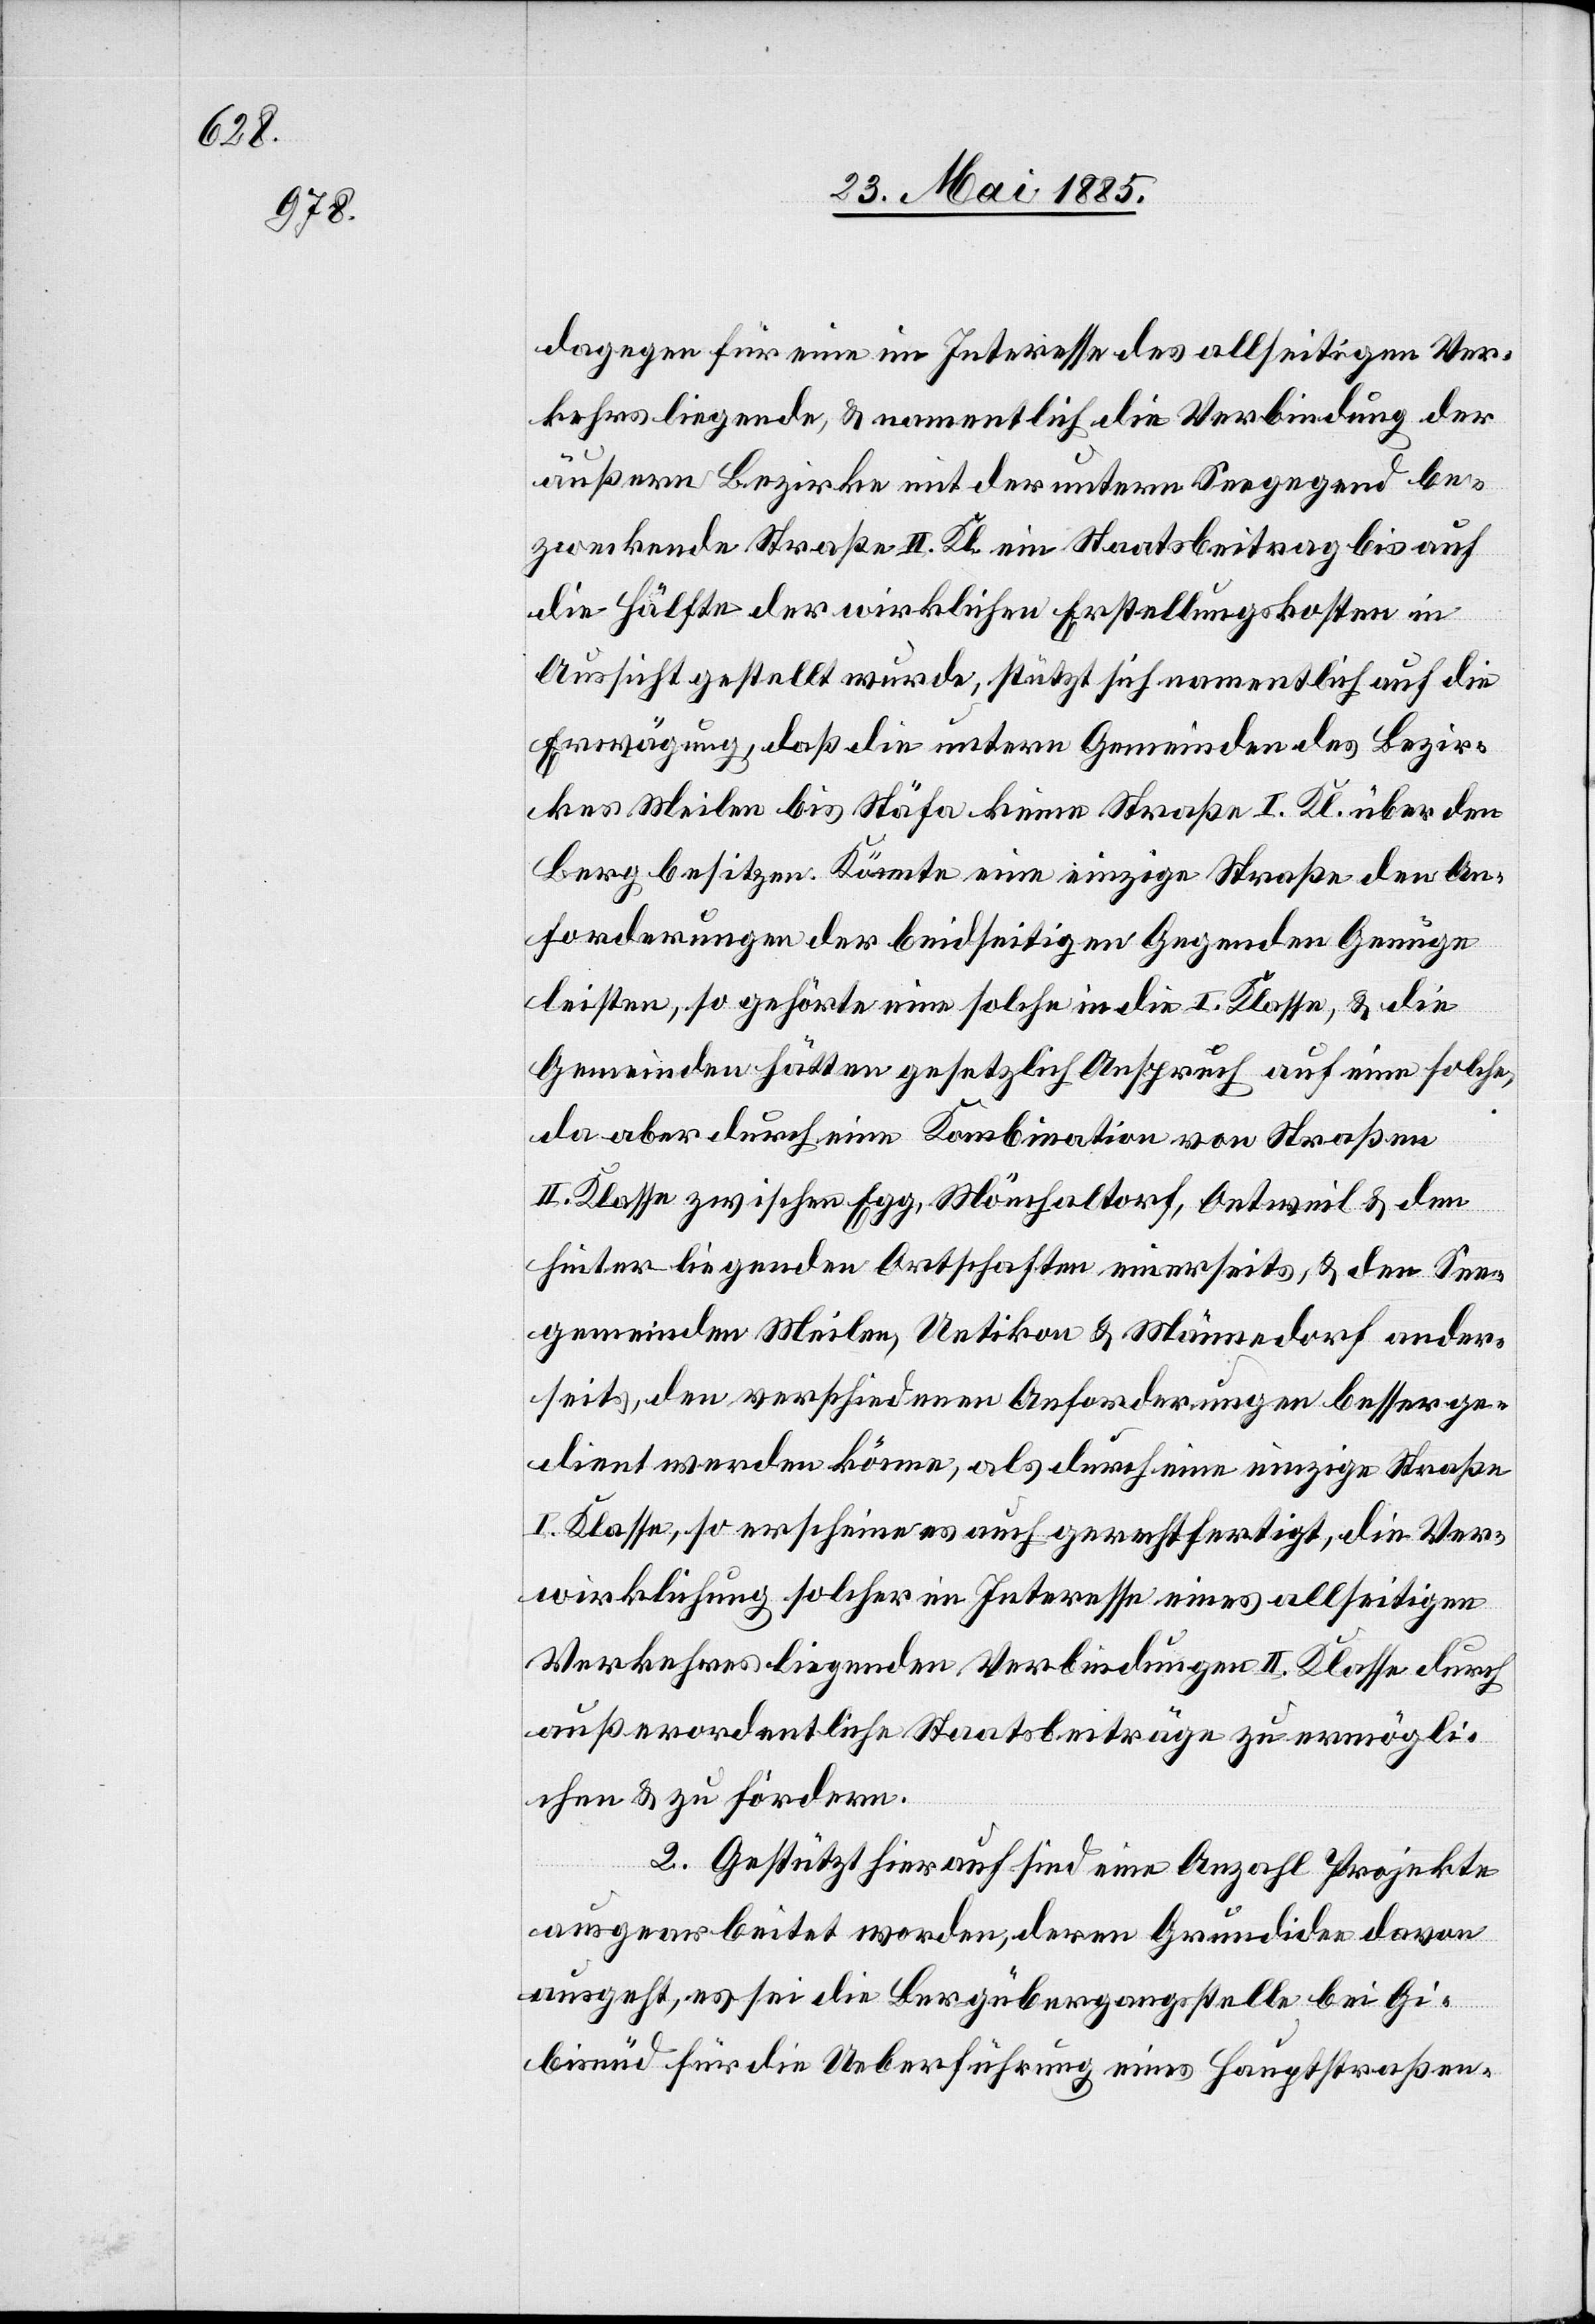
dagegen für eine im Interesse des allseitigen Ver¬
kehrs liegende, & namentlich die Verbindung der
äußern Bezirke mit der untern Seegegend be¬
zweckende Straße II. Kl. ein Staatsbeitrag bis auf
die Hälfte der wirklichen Erstellungskosten in
Aussicht gestellt wurde, stützt sich namentlich auf die
Erwägung, daß die untern Gemeinden des Bezir¬
kes Meilen bis Stäfa keine Straße I. Kl. über den
Berg besitzen. Könnte eine einzige Straße den An¬
forderungen der beidseitigen Gegenden Genüge
leisten, so gehörte eine solche in die I. Klasse, & die
Gemeinden hätten gesetzlich Anspruch auf eine solche,
da aber durch eine Kombination von Straßen
II. Klasse zwischen Egg, Mönchaltorf, Oetweil & den
hinterliegenden Ortschaften einerseits & den See¬
gemeinden Meilen, Uetikon & Männedorf ander¬
seits, den verschiedenen Anforderungen besser ge¬
dient werden könne, als durch eine einzige Straße
I. Klasse, so erscheine es auch gerechtfertigt, die Ver¬
wirklichung solcher im Interesse eines allseitigen
Verkehres liegenden Verbindungen II. Klasse durch
außerordentliche Staatsbeiträge zu ermögli¬
chen & zu fördern.
2. Gestützt hierauf sind eine Anzahl Projekte
ausgearbeitet worden, deren Grundidee davon
ausgeht, es sei die Bergübergangsstelle bei Gi¬
bisnüd für die Ueberführung eines Hauptstraßen-